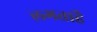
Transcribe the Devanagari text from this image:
लगताहै